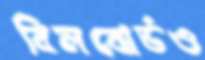
বিলবোর্ডও